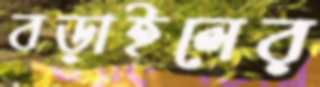
বড়াইলের